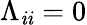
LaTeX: \Lambda_{\mathit{i}\mathit{i}}=0